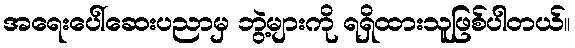
အရေးပေါ်ဆေးပညာမှ ဘွဲ့များကို ရရှိထားသူဖြစ်ပါတယ်။